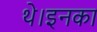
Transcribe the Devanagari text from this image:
थे।इनका